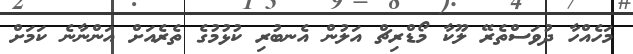
މަހެއްހާ ދުވަސްތެރޭ ލޫކާ މޯޑްރިޗް އަލުން އެނބުރި ކުޅުމުގެ ތެރެއަށް އަންނާނެ ކަމަށް